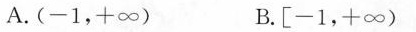
A.(-1,+\infty) B.[-1,+\inft)